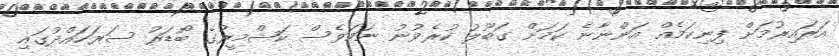
އަރައިރުމަށް ފިނިކަމެއް އަންނާނެ ކަމަށް ގަބޫލު ކުރެވުނު ނަމަވެސް ކަޝްމީރުގެ ބޯޑަރު ސަރަހައްދުގައި